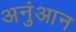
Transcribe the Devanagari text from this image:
अनुंआन